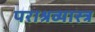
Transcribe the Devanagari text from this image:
पराश्रव्यास्त्र